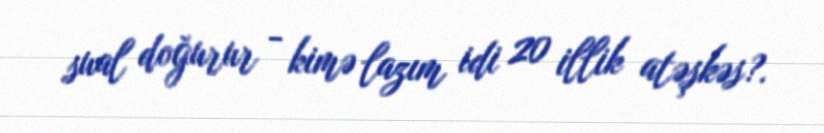
sual doğurur - kimə lazım idi 20 illik atəşkəs?.